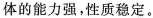
体的能力强，性质稳定。